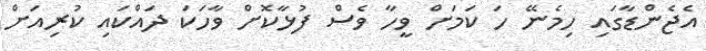
އެޖެންޑާގައި ހިމެނޭ ހަ ކަމަށް ވީހާ ވެސް ފުޅާކޮށް ވާހަކަ ދައްކައި ކުރިއަށް